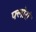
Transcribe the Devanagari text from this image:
फ्लोरां